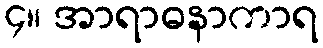
၄။ အာရာဓနာကာရ